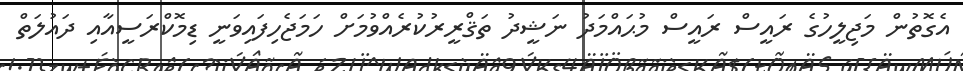
އެގޮތުން މަޖިލީހުގެ ރައީސް ރައީސް މުޙައްމަދު ނަޝީދު ތަޤްރީރުކުރެއްވުމަށް ހަމަޖެހިފައިވަނީ ޑިމޮކްރަސީއާއި ދައުލަތް